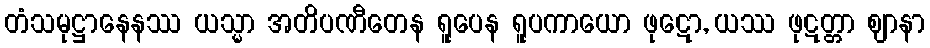
တံသမုဋ္ဌာနေနဿ ယသ္မာ အတိပဏီတေန ရူပေန ရူပကာယော ဖုဋော, ယဿ ဖုဋတ္တာ ဈာနာ